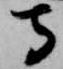
守